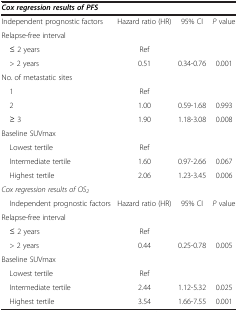
| <COLSPAN=4> Cox regression results of PFS |
 | --- | --- | --- | --- |
 | Independent prognostic factors | Hazard ratio (HR) | 95% CI | P value |
 | Relapse-free interval |  |  |  |
 | ≤ 2 years | Ref |  |  |
 | > 2 years | 0.51 | 0.34-0.76 | 0.001 |
 | No. of metastatic sites |  |  |  |
 | 1 | Ref |  |  |
 | 2 | 1.00 | 0.59-1.68 | 0.993 |
 | ≥ 3 | 1.90 | 1.18-3.08 | 0.008 |
 | Baseline SUVmax |  |  |  |
 | Lowest tertile | Ref |  |  |
 | Intermediate tertile | 1.60 | 0.97-2.66 | 0.067 |
 | Highest tertile | 2.06 | 1.23-3.45 | 0.006 |
 | <COLSPAN=4> Cox regression results of OS2 |
 | Independent prognostic factors | Hazard ratio (HR) | 95% CI | P value |
 | Relapse-free interval |  |  |  |
 | ≤ 2 years | Ref |  |  |
 | > 2 years | 0.44 | 0.25-0.78 | 0.005 |
 | Baseline SUVmax |  |  |  |
 | Lowest tertile | Ref |  |  |
 | Intermediate tertile | 2.44 | 1.12-5.32 | 0.025 |
 | Highest tertile | 3.54 | 1.66-7.55 | 0.001 |